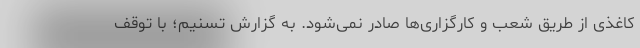
کاغذی از طریق شعب و کارگزاری‌ها صادر نمی‌شود. به گزارش تسنیم؛ با توقف